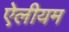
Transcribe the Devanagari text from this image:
ऐलीयम